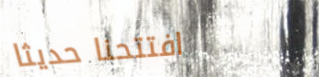
افتتحنا حديثاً